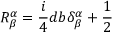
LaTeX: R _ { \beta } ^ { \alpha } = \frac { i } { 4 } d b \delta _ { \beta } ^ { \alpha } + \frac { 1 } { 2 }